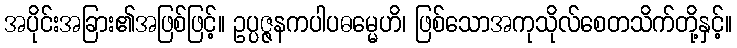
အပိုင်းအခြား၏အဖြစ်ဖြင့်။ ဥပ္ပဇ္ဇနကပါပဓမ္မေဟိ၊ ဖြစ်သောအကုသိုလ်စေတသိက်တို့နှင့်။